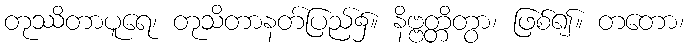
တုဿိတာပူရေ၊ တုသိတာနတ်ပြည်၌။ နိဗ္ဗတ္တိတွာ၊ ဖြစ်၍။ တတော၊